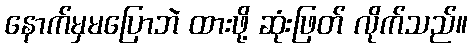
နောက်မှမပြောဘဲ ထားဖို့ ဆုံးဖြတ် လိုက်သည်။